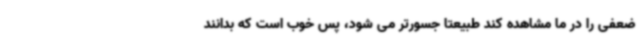
ضعفی را در ما مشاهده کند طبیعتا جسورتر می شود، پس خوب است که بدانند